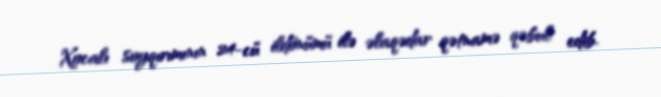
Xocalı soyqırımının 24-cü ildönümü ilə əlaqədar qətnamə qəbul edib.